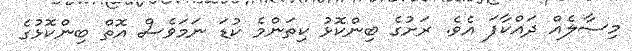
މިސާލެއް ދައްކާފަ އެވެ. ރަށުގެ ބިންކޮޅު ކިތަންމެ ކުޑަ ނަމަވެސް އޮތް ބިންކޮޅުގެ